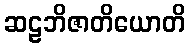
ဆဠဘိဇာတိယောတိ